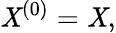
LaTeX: \mathit{X}^{(0)}=\mathit{X},